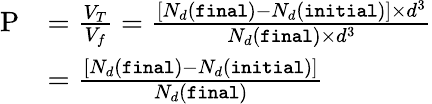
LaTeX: \begin{array}{rl}{\mathrm{P}}&{=\frac{V_{T}}{V_{f}}=\frac{[N_{d}(\texttt{final})-N_{d}(\texttt{initial})]\times d^{3}}{N_{d}(\texttt{final})\times d^{3}}}\\ &{=\frac{[N_{d}(\texttt{final})-N_{d}(\texttt{initial})]}{N_{d}(\texttt{final})}}\end{array}